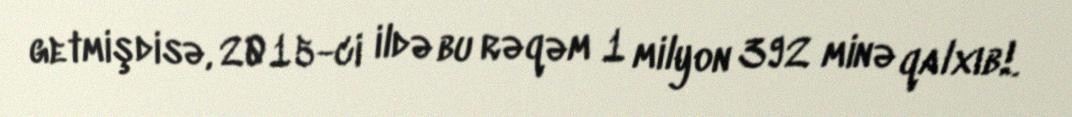
getmişdisə, 2015-ci ildə bu rəqəm 1 milyon 392 minə qalxıb!.